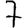
Digit: 7